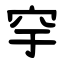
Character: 穻